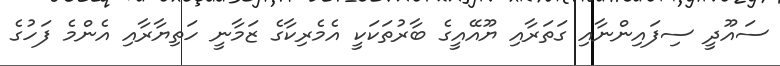
ސައޫދީ ސިފައިންނާއި ގަތަރާއި ޔޫއޭއީގެ ބާރުތަކަކީ އެމެރިކާގެ ޒަމާނީ ހަތިޔާރާއި އެންމެ ފަހުގެ